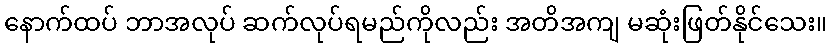
နောက်ထပ် ဘာအလုပ် ဆက်လုပ်ရမည်ကိုလည်း အတိအကျ မဆုံးဖြတ်နိုင်သေး။